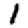
Digit: 1